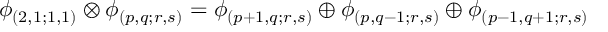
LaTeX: \phi _ { ( 2 , 1 ; 1 , 1 ) } \otimes \phi _ { ( p , q ; r , s ) } = \phi _ { ( p + 1 , q ; r , s ) } \oplus \phi _ { ( p , q - 1 ; r , s ) } \oplus \phi _ { ( p - 1 , q + 1 ; r , s ) }